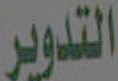
التدوير